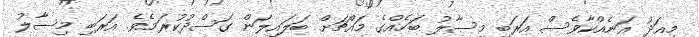
މިއަދު އަނެއްކާވެސް އަރަބި މިސާލު ބަހެއްގެ މައްޗަށް ބަލައިލަން ގަސްދުކުރަމެވެ. އަރަބި މިސާލު